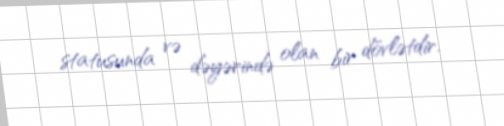
statusunda və dəyərində olan bir dövlətdir.